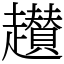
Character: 䟎